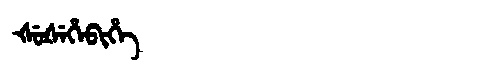
Manchu: ᡧᡠᡧᡝᡥᡝᠪᡳᡥᡝ
Romanization: ŠUŠEHEBIHE